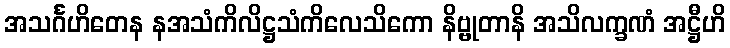
အသင်္ဂဟိတေန နအသံကိလိဋ္ဌသံကိလေသိကော နိဗ္ဗုတာနိ အသိလက္ခဏံ အဋ္ဌီဟိ